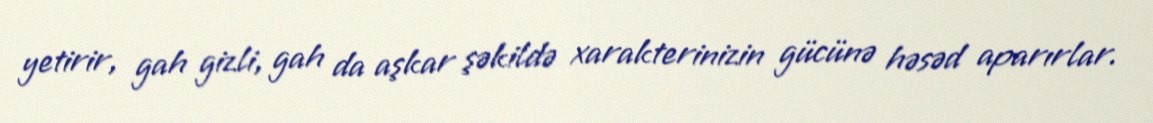
yetirir, gah gizli, gah da aşkar şəkildə xarakterinizin gücünə həsəd aparırlar.